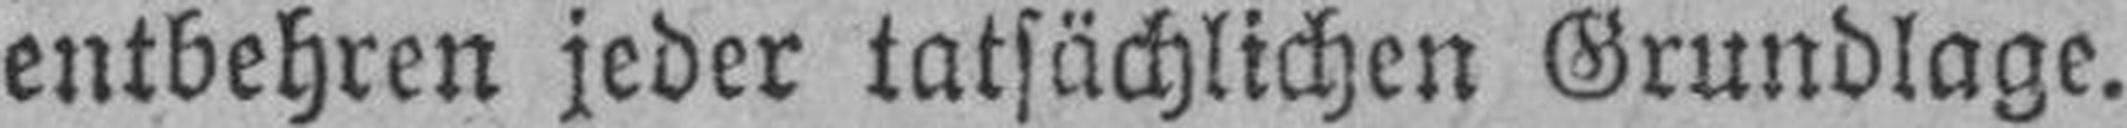
entbehren jeder tatsächlichen Grundlage.